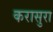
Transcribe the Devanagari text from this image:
करासुरा